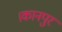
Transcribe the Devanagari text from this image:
।कानपुर